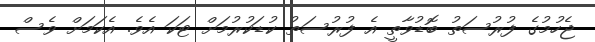
ޖެހުމުގެ ފުރުސަތު ބޮޑުވާތީ އެ ފުރުސަތު ކުޑަކުރުމަށް ޓަކަ އެވެ. އެކަމަށް ވެސް